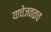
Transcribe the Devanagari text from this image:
याचेजवळच